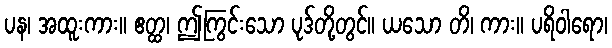
ပန၊ အထူးကား။ ဧတ္ထ၊ ဤကြွင်းသော ပုဒ်တို့တွင်။ ယသော တိ၊ ကား။ ပရိဝါရော၊